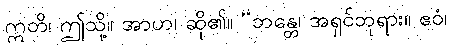
ဣတိ၊ ဤသို့။ အာဟ၊ ဆို၏။ “ဘန္တေ၊ အရှင်ဘုရား။ ဧဝံ၊